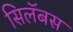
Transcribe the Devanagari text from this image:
सिलॅबस